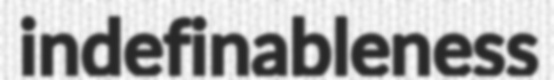
indefinableness